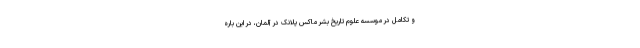
و تکامل در موسسه علوم تاریخ بشر ماکس پلانک در آلمان، در این باره